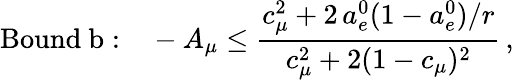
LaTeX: \mathrm{Bound~b:}\quad-A_{\mu}\leq\frac{c_{\mu}^{2}+2\, a_{e}^{0}(1-a_{e}^{0})/r}{c_{\mu}^{2}+2(1-c_{\mu})^{2}}\, ,